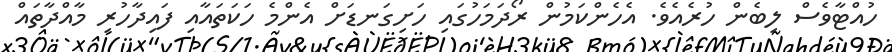
ހުއްޓާވެސް ލިބެން ހުރެއެވެ. އެހެންކަމުން ރޯދަމަހުގައި ހަށިގަނޑަށް އެންމެ ހަކަތައާއި ފައިދާހުރި މާއްދާތައް